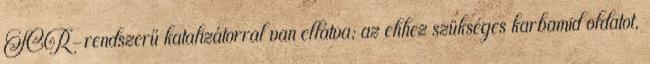
SCR-rendszerű katalizátorral van ellátva; az ehhez szükséges karbamid oldatot,